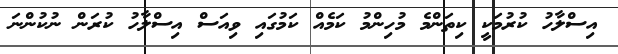
އިސްލާހު ކުރުމަކީ ކިތަންމެ މުހިންމު ކަމެއް ކަމުގައި ވިއަސް އިސްލާހު ކުރަން ނުކުންނަ